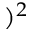
) ^ { 2 }